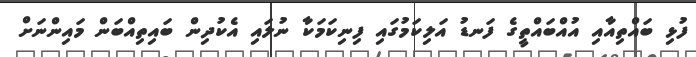
ފުޅި ބައްތިއާއި އުއްބައްތީގެ ފަނޑު އަލިކަމުގައި ފިނިކަމަކާ ނުލައި އެކުދިން ބައިތިއްބަން މައިންނަށް